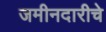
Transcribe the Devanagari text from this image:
जमीनदारीचे